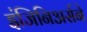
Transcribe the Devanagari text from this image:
इंजिनिअर्सने